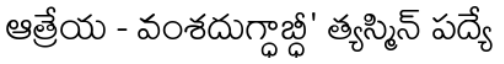
ఆత్రేయ - వంశదుగ్ధాబ్ధీ' త్యస్మిన్ పద్యే